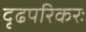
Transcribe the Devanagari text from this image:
दृढपरिकरः